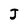
Character: J